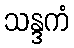
သန္ဒကံ